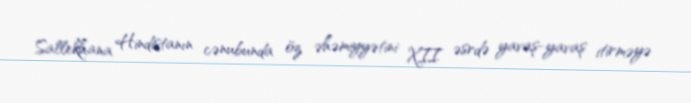
Sallekhana Hindistanın cənubunda öz əhəmiyyətini XII əsrdə yavaş-yavaş itirməyə